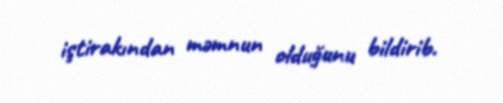
iştirakından məmnun olduğunu bildirib.